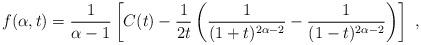
LaTeX: \begin{align*}f(\alpha,t)=\frac{1}{\alpha -1}\left[C(t)-\frac{1}{2t}\left(\frac{1}{(1+t)^{2\alpha-2}}-\frac{1}{(1-t)^{2\alpha-2}}\right)\right]\ ,\end{align*}